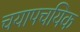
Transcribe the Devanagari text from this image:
चयापचयिक